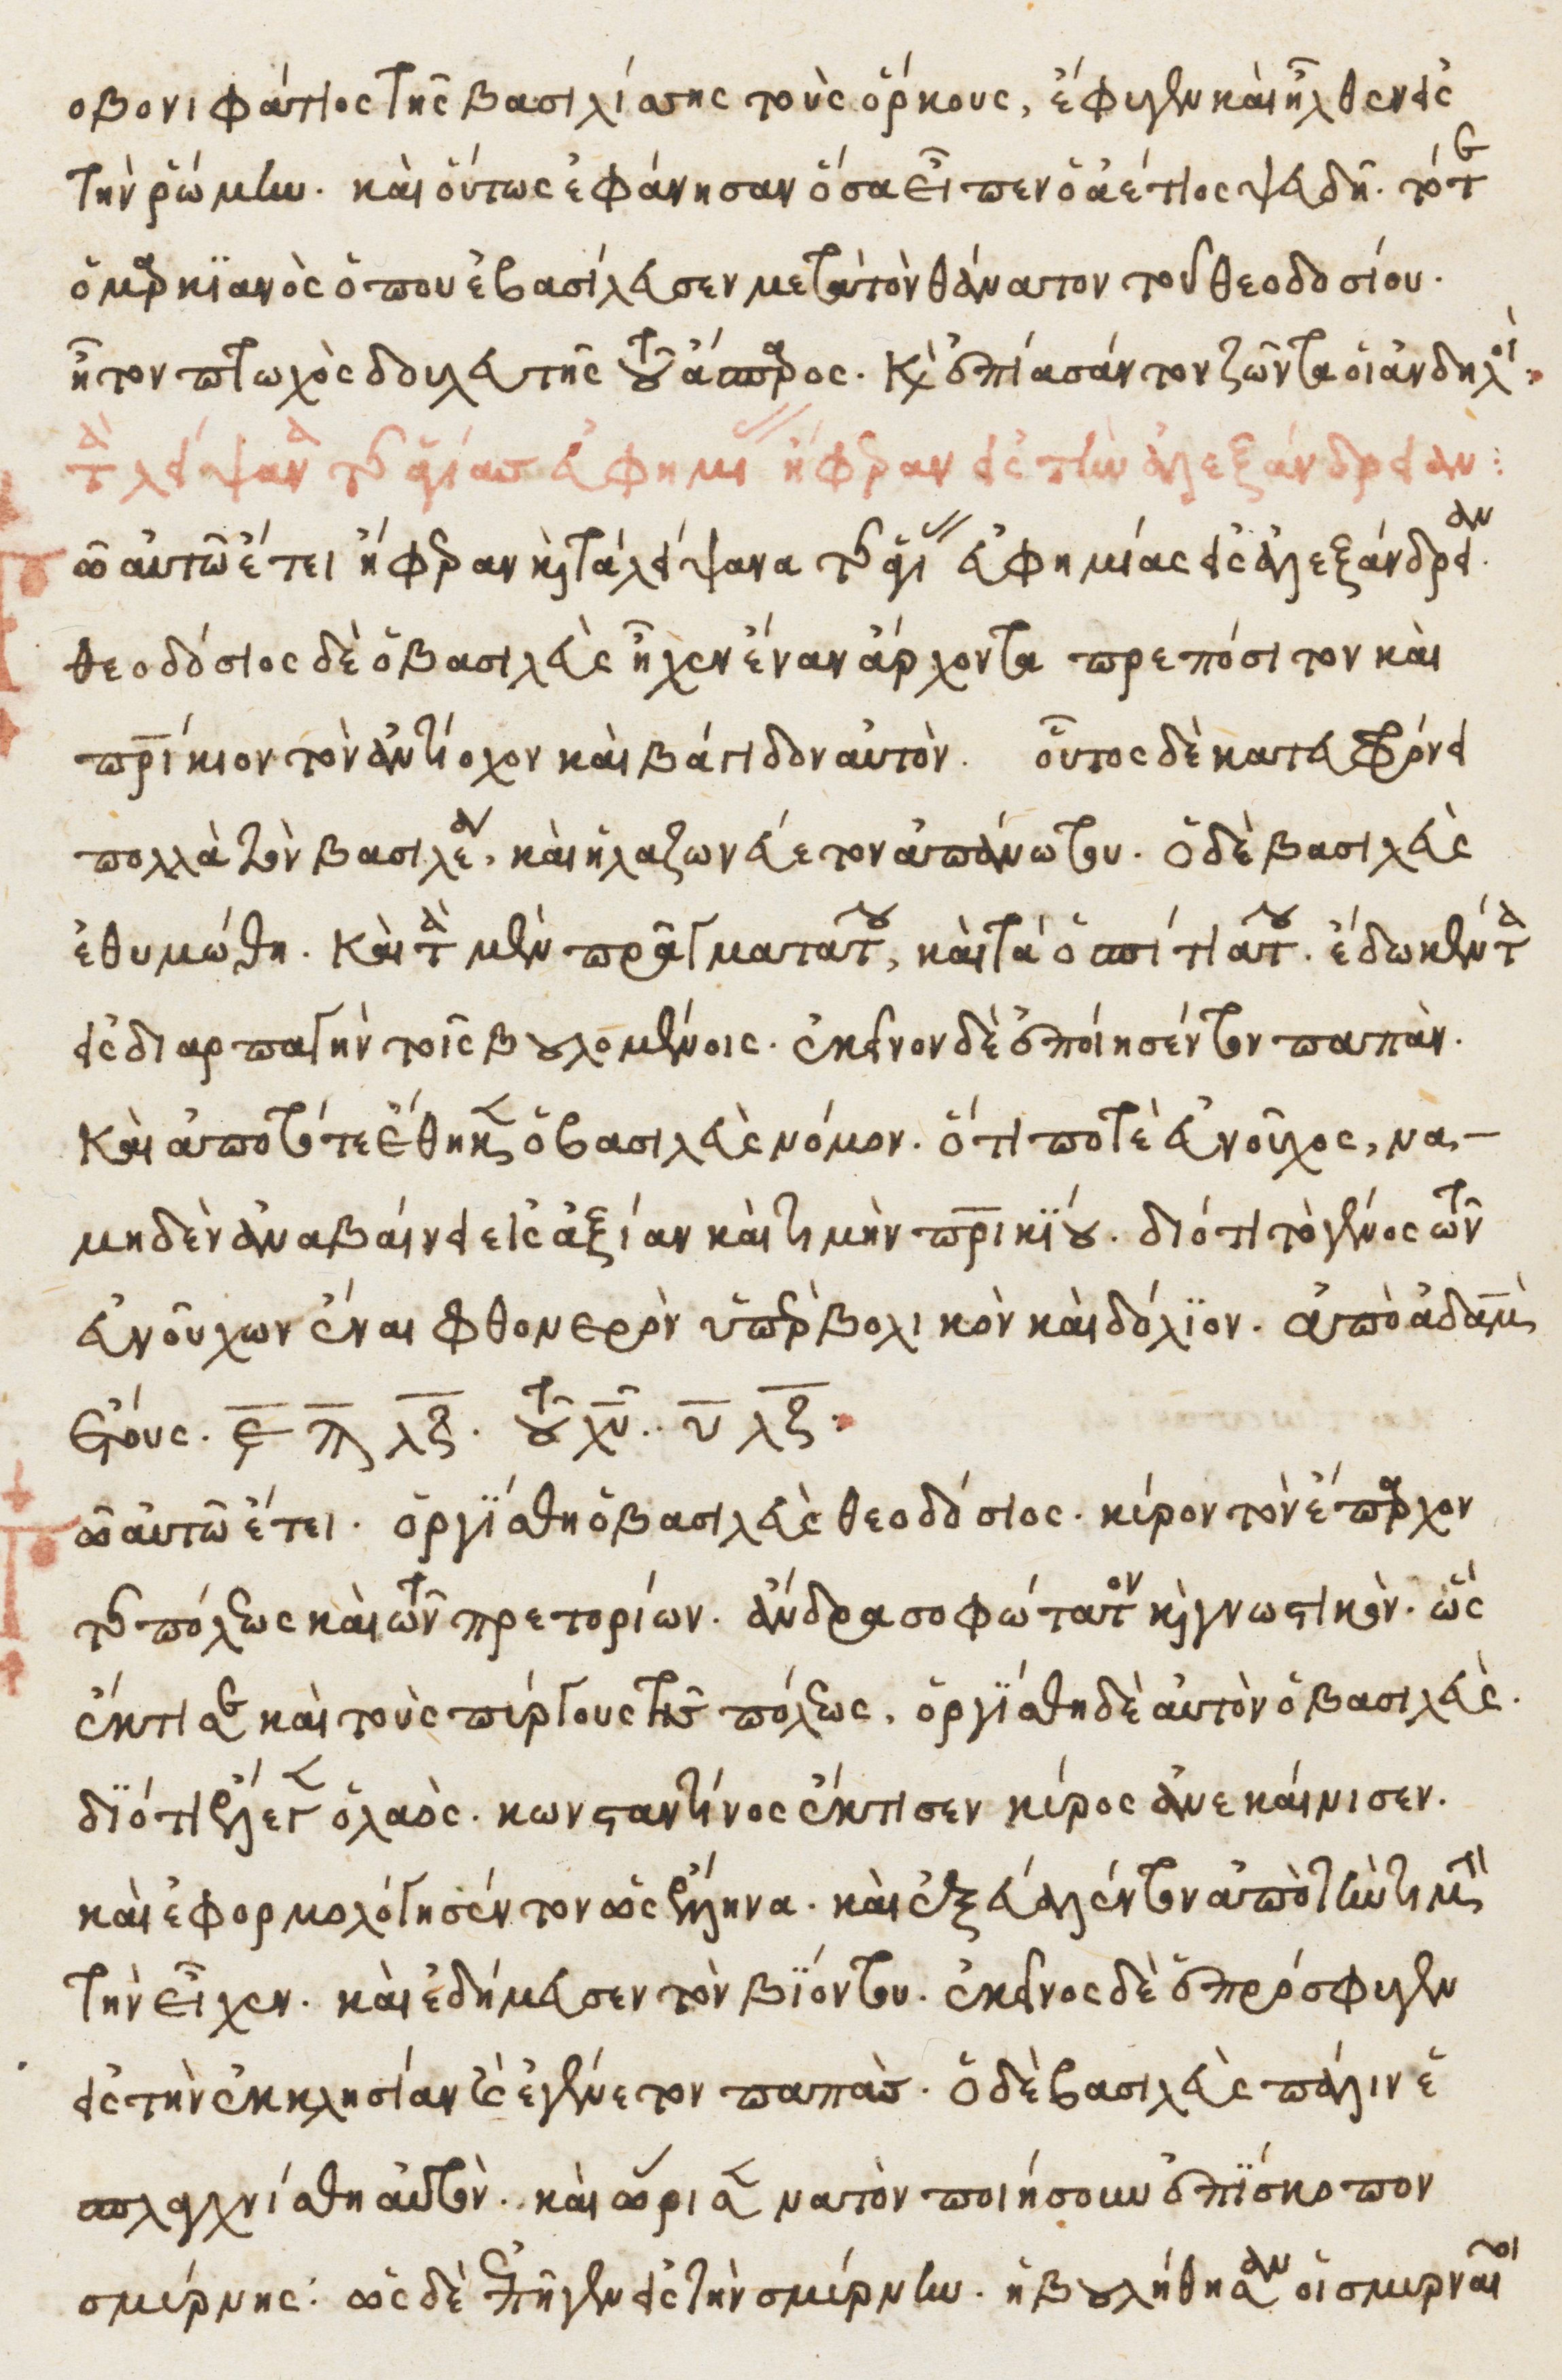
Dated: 1525–1549